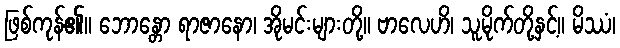
ဖြစ်ကုန်၏။ ဘောန္တော ရာဇာနော၊ အိုမင်းများတို့။ ဗာလေဟိ၊ သူမိုက်တို့နှင့်။ မိဿံ၊